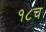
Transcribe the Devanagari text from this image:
१८च